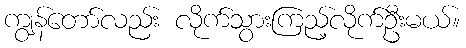
ကျွန်တော်လည်း လိုက်သွားကြည့်လိုက်ဦးမယ်။